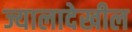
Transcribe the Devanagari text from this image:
ज्यालादेखील